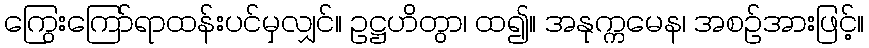
ကြွေးကြော်ရာထန်းပင်မှလျှင်။ ဥဋ္ဌဟိတွာ၊ ထ၍။ အနုက္ကမေန၊ အစဉ်အားဖြင့်။